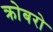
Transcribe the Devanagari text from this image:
क्रोबरो